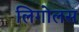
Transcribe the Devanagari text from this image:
लिगोलस